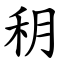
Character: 䄴